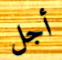
أجل